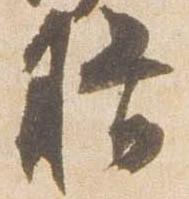
揖